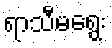
ရာသီမရွေး